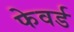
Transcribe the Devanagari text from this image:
फेवर्ड